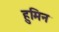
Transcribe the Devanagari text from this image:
हुमिन